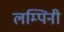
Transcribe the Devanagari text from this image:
लम्पिनी